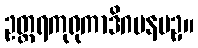
ဥတ္တရကုရုကာဒိဂမနပဥှ။